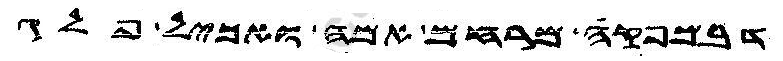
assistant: דבמפקה מרחם אמה ואכיל פלג